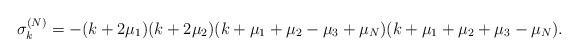
\begin{align*} \sigma_k^{(N)}=-(k+2\mu_1)(k+2\mu_2)(k+\mu_1+\mu_2-\mu_3+\mu_{N})(k+\mu_1+\mu_2+\mu_3-\mu_N).\end{align*}